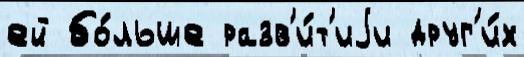
ей бо́льше разв'и́т'иjи друг'и́х